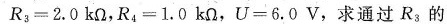
R_{3}=2.0kΩ，R_{4}=1.0kΩ，U=6.0V，求通过R_{3}的